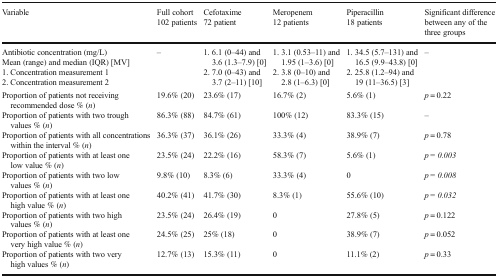
| Variable | Full cohort102 patients | Cefotaxime72 patient | Meropenem12 patients | Piperacillin18 patients | Significant difference between any of the three groups |
 | --- | --- | --- | --- | --- | --- |
 | <ROWSPAN=2> Antibiotic concentration (mg/L)Mean (range) and median (IQR) [MV]1. Concentration measurement 12. Concentration measurement 2 | <ROWSPAN=2> – | 1. 6.1 (0–44) and 3.6 (1.3–7.9) [0] | 1. 3.1 (0.53–11) and 1.95 (1–3.6) [0] | 1. 34.5 (5.7–131) and 16.5 (9.9–43.8) [0] | <ROWSPAN=2> – |
 | 2. 7.0 (0–43) and 3.7 (2–11) [10] | 2. 3.8 (0–10) and 2.8 (1–6.3) [0] | 2. 25.8 (1.2–94) and 19 (11–36.5) [3] |
 | Proportion of patients not receiving recommended dose % (n) | 19.6% (20) | 23.6% (17) | 16.7% (2) | 5.6% (1) | p = 0.22 |
 | Proportion of patients with two trough values % (n) | 86.3% (88) | 84.7% (61) | 100% (12) | 83.3% (15) | – |
 | Proportion of patients with all concentrations within the interval % (n) | 36.3% (37) | 36.1% (26) | 33.3% (4) | 38.9% (7) | p = 0.78 |
 | Proportion of patients with at least one low value % (n) | 23.5% (24) | 22.2% (16) | 58.3% (7) | 5.6% (1) | p = 0.003 |
 | Proportion of patients with two low values % (n) | 9.8% (10) | 8.3% (6) | 33.3% (4) | 0 | p = 0.008 |
 | Proportion of patients with at least one high value % (n) | 40.2% (41) | 41.7% (30) | 8.3% (1) | 55.6% (10) | p = 0.032 |
 | Proportion of patients with two high values % (n) | 23.5% (24) | 26.4% (19) | 0 | 27.8% (5) | p = 0.122 |
 | Proportion of patients with at least one very high value % (n) | 24.5% (25) | 25% (18) | 0 | 38.9% (7) | p = 0.052 |
 | Proportion of patients with two very high values % (n) | 12.7% (13) | 15.3% (11) | 0 | 11.1% (2) | p = 0.33 |